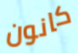
كانون